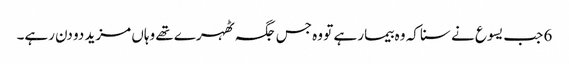
6 جب یسوع نے سنا کہ وہ بیمار ہے تو وہ جس جگہ ٹھہرے تھے وہاں مزید دو دن رہے۔